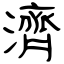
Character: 濟